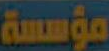
مؤسسة